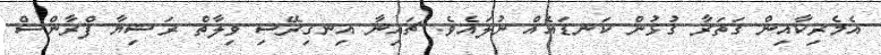
އެމެރިކާއިން ގަތަރާ ގުޅުން ކަނޑައެއް ނުލައެވެ. ޗައިނާ އިނގިރޭސި ވިލާތް ރަޝިޔާ ފްރާންސް